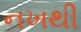
નખથી